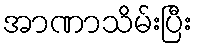
အာဏာသိမ်းပြီး